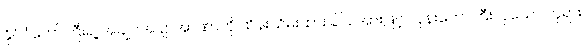
နိုင်ငံတော်ကြီးရဲ့ အချုပ်အချာအာဏာကို ထိန်းသိမ်းထားခြင်း အားဖြင့် ဘုန်းတော်ကြီးလှသော ဘုရား